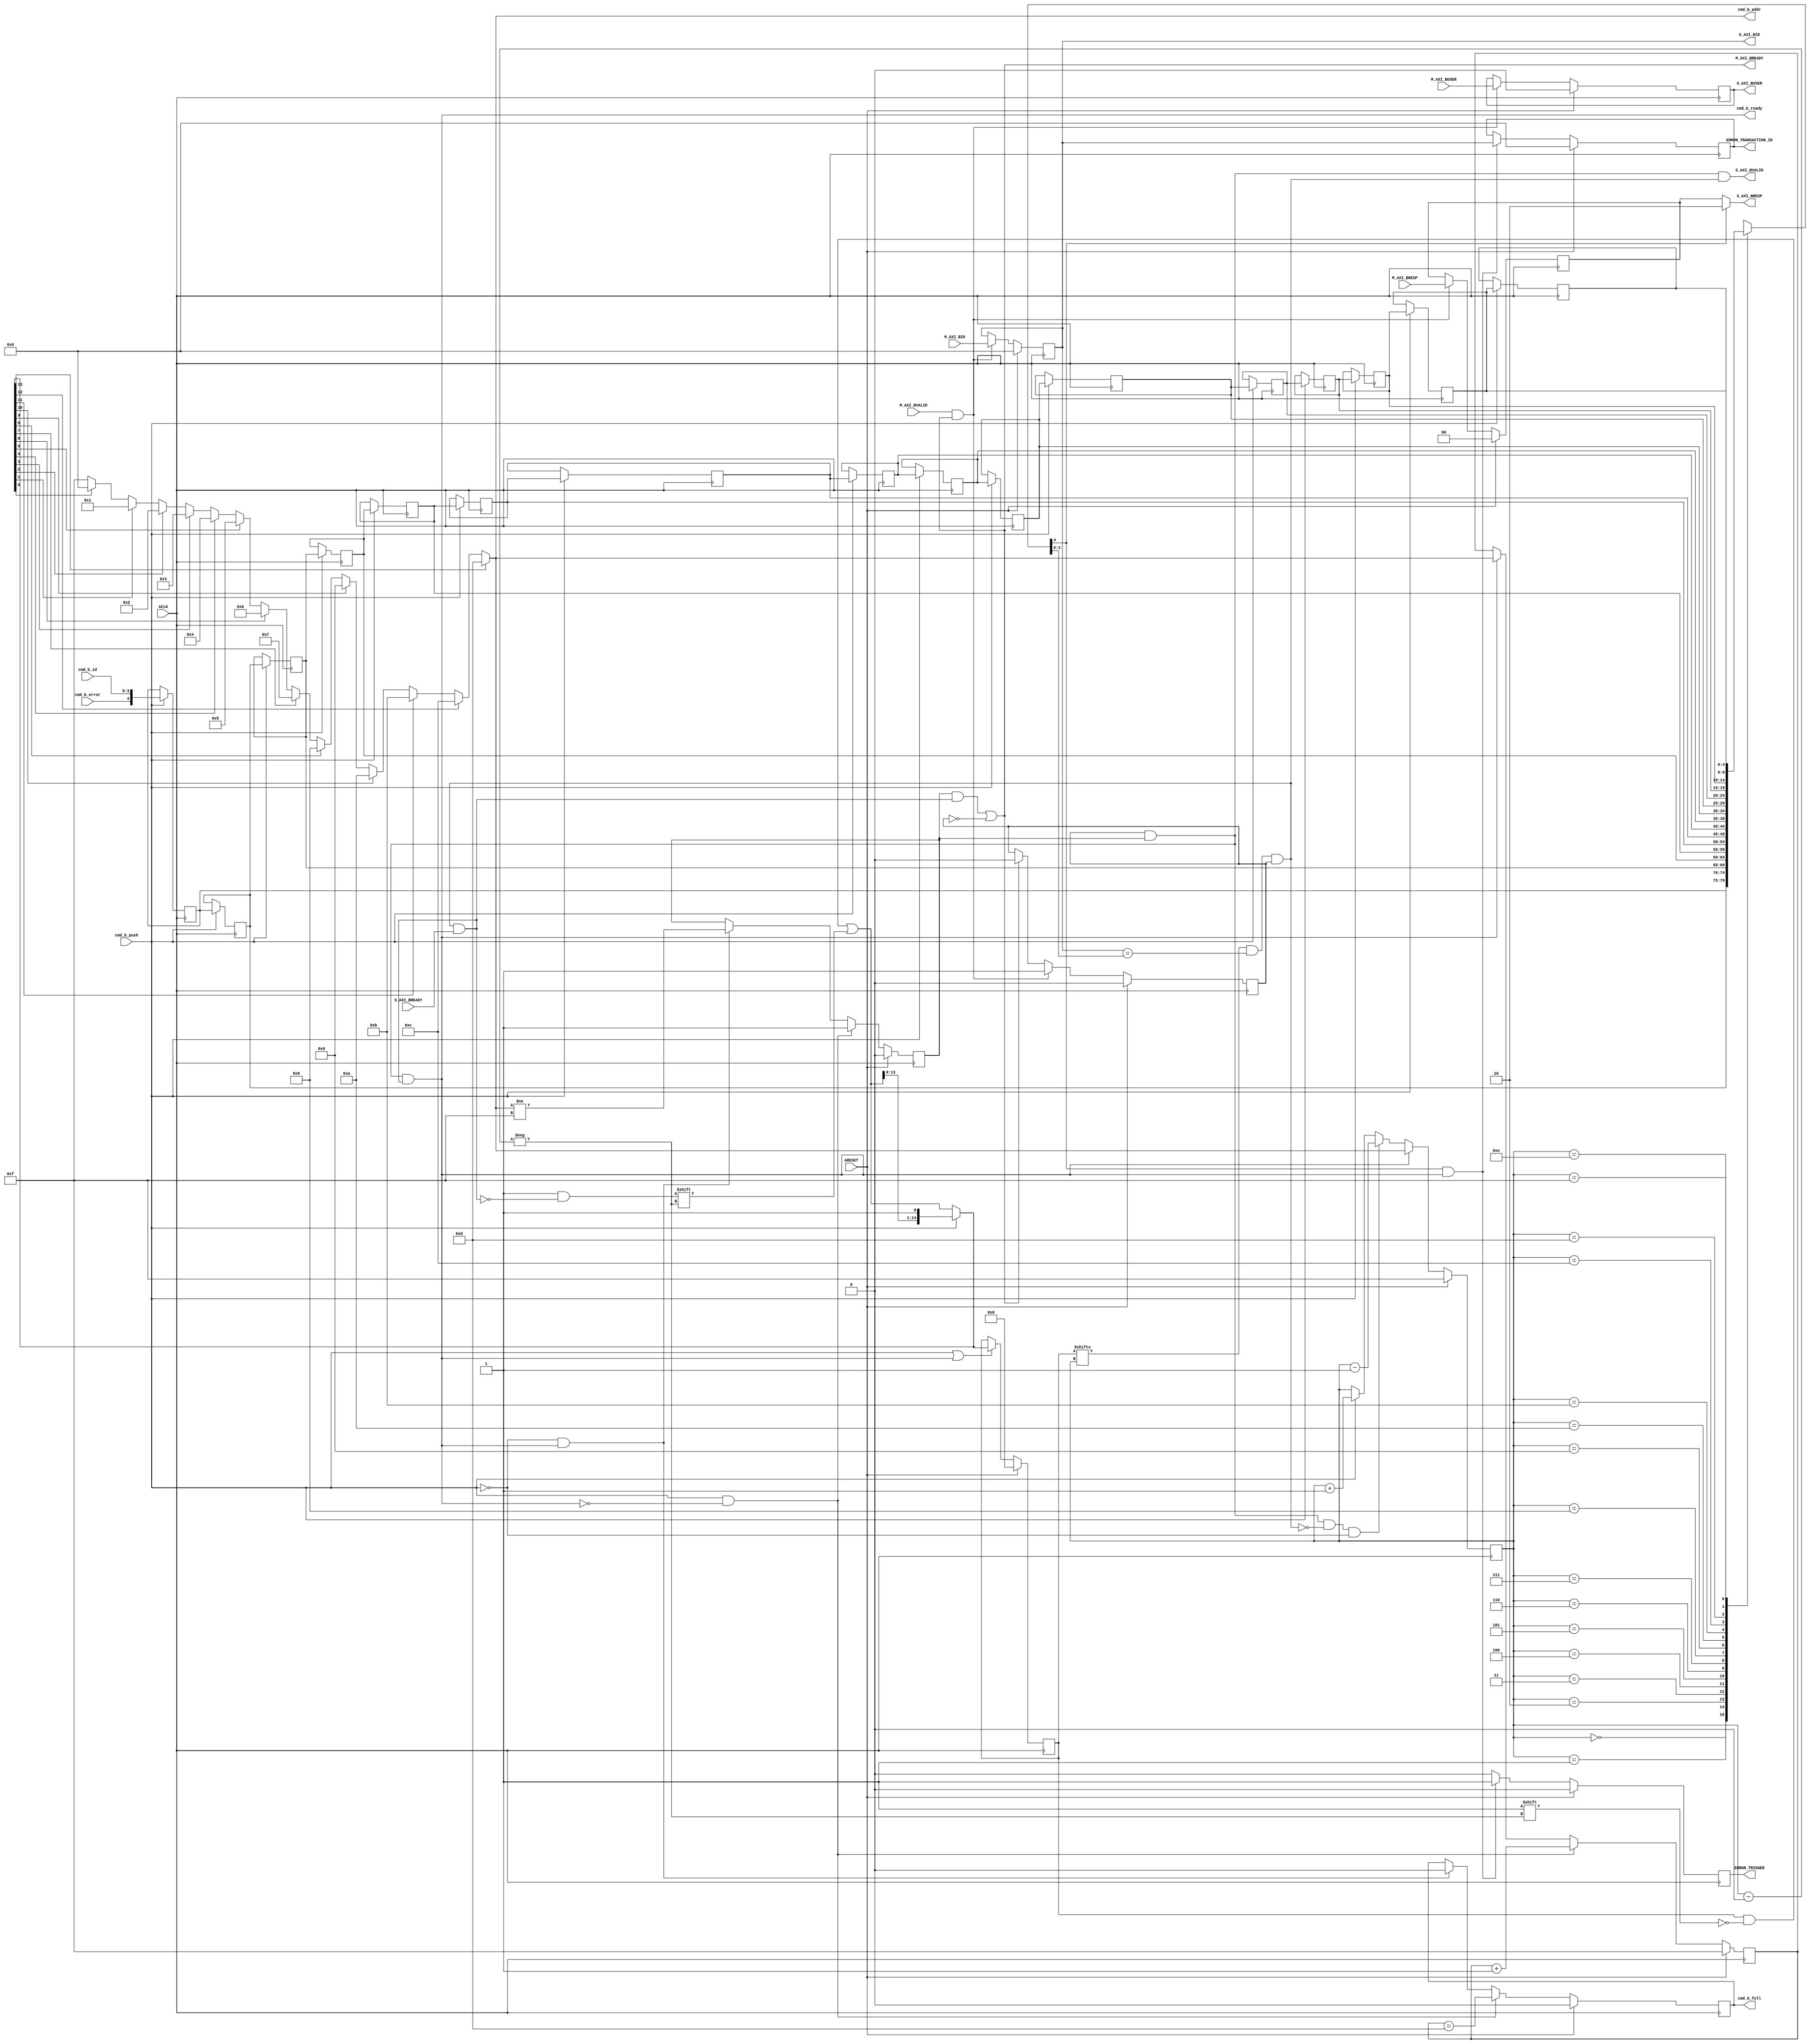
// -- (c) Copyright 2010 - 2011 Xilinx, Inc. All rights reserved.
// --
// -- This file contains confidential and proprietary information
// -- of Xilinx, Inc. and is protected under U.S. and 
// -- international copyright and other intellectual property
// -- laws.
// --
// -- DISCLAIMER
// -- This disclaimer is not a license and does not grant any
// -- rights to the materials distributed herewith. Except as
// -- otherwise provided in a valid license issued to you by
// -- Xilinx, and to the maximum extent permitted by applicable
// -- law: (1) THESE MATERIALS ARE MADE AVAILABLE "AS IS" AND
// -- WITH ALL FAULTS, AND XILINX HEREBY DISCLAIMS ALL WARRANTIES
// -- AND CONDITIONS, EXPRESS, IMPLIED, OR STATUTORY, INCLUDING
// -- BUT NOT LIMITED TO WARRANTIES OF MERCHANTABILITY, NON-
// -- INFRINGEMENT, OR FITNESS FOR ANY PARTICULAR PURPOSE; and
// -- (2) Xilinx shall not be liable (whether in contract or tort,
// -- including negligence, or under any other theory of
// -- liability) for any loss or damage of any kind or nature
// -- related to, arising under or in connection with these
// -- materials, including for any direct, or any indirect,
// -- special, incidental, or consequential loss or damage
// -- (including loss of data, profits, goodwill, or any type of
// -- loss or damage suffered as a result of any action brought
// -- by a third party) even if such damage or loss was
// -- reasonably foreseeable or Xilinx had been advised of the
// -- possibility of the same.
// --
// -- CRITICAL APPLICATIONS
// -- Xilinx products are not designed or intended to be fail-
// -- safe, or for use in any application requiring fail-safe
// -- performance, such as life-support or safety devices or
// -- systems, Class III medical devices, nuclear facilities,
// -- applications related to the deployment of airbags, or any
// -- other applications that could lead to death, personal
// -- injury, or severe property or environmental damage
// -- (individually and collectively, "Critical
// -- Applications"). Customer assumes the sole risk and
// -- liability of any use of Xilinx products in Critical
// -- Applications, subject only to applicable laws and
// -- regulations governing limitations on product liability.
// --
// -- THIS COPYRIGHT NOTICE AND DISCLAIMER MUST BE RETAINED AS
// -- PART OF THIS FILE AT ALL TIMES.
//-----------------------------------------------------------------------------
//
// Description: Write Response Channel for ATC
//
//
// Verilog-standard:  Verilog 2001
//--------------------------------------------------------------------------
//
// Structure:
//   b_atc
//
//--------------------------------------------------------------------------
`timescale 1ps/1ps


module processing_system7_v5_5_b_atc #
  (
   parameter         C_FAMILY                         = "rtl", 
                       // FPGA Family. Current version: virtex6, spartan6 or later.
   parameter integer C_AXI_ID_WIDTH                   = 4, 
                       // Width of all ID signals on SI and MI side of checker.
                       // Range: >= 1.
   parameter integer C_AXI_BUSER_WIDTH                = 1,
                       // Width of AWUSER signals. 
                       // Range: >= 1.
   parameter integer C_FIFO_DEPTH_LOG                 = 4
   )
  (
   // Global Signals
   input  wire                                  ARESET,
   input  wire                                  ACLK,

   // Command Interface
   input  wire                                  cmd_b_push,
   input  wire                                  cmd_b_error,
   input  wire [C_AXI_ID_WIDTH-1:0]             cmd_b_id,
   output wire                                  cmd_b_ready,
   output wire [C_FIFO_DEPTH_LOG-1:0]           cmd_b_addr,
   output reg                                   cmd_b_full,
   
   // Slave Interface Write Response Ports
   output wire [C_AXI_ID_WIDTH-1:0]             S_AXI_BID,
   output reg  [2-1:0]                          S_AXI_BRESP,
   output wire [C_AXI_BUSER_WIDTH-1:0]          S_AXI_BUSER,
   output wire                                  S_AXI_BVALID,
   input  wire                                  S_AXI_BREADY,

   // Master Interface Write Response Ports
   input  wire [C_AXI_ID_WIDTH-1:0]             M_AXI_BID,
   input  wire [2-1:0]                          M_AXI_BRESP,
   input  wire [C_AXI_BUSER_WIDTH-1:0]          M_AXI_BUSER,
   input  wire                                  M_AXI_BVALID,
   output wire                                  M_AXI_BREADY,
   
   // Trigger detection
   output reg                                   ERROR_TRIGGER,
   output reg  [C_AXI_ID_WIDTH-1:0]             ERROR_TRANSACTION_ID
   );
  
  
  /////////////////////////////////////////////////////////////////////////////
  // Local params
  /////////////////////////////////////////////////////////////////////////////
  
  // Constants for packing levels.
  localparam [2-1:0] C_RESP_OKAY         = 2'b00;
  localparam [2-1:0] C_RESP_EXOKAY       = 2'b01;
  localparam [2-1:0] C_RESP_SLVERROR     = 2'b10;
  localparam [2-1:0] C_RESP_DECERR       = 2'b11;
  
  // Command FIFO settings
  localparam C_FIFO_WIDTH                = C_AXI_ID_WIDTH + 1;
  localparam C_FIFO_DEPTH                = 2 ** C_FIFO_DEPTH_LOG;
    
  
  /////////////////////////////////////////////////////////////////////////////
  // Variables for generating parameter controlled instances.
  /////////////////////////////////////////////////////////////////////////////
  
  integer index;
  
  
  /////////////////////////////////////////////////////////////////////////////
  // Functions
  /////////////////////////////////////////////////////////////////////////////
  
  
  /////////////////////////////////////////////////////////////////////////////
  // Internal signals
  /////////////////////////////////////////////////////////////////////////////
  
  // Command Queue.
  reg  [C_FIFO_DEPTH_LOG-1:0]         addr_ptr;
  reg  [C_FIFO_WIDTH-1:0]             data_srl[C_FIFO_DEPTH-1:0];
  reg                                 cmd_b_valid;
  wire                                cmd_b_ready_i;
  wire                                inject_error;
  wire [C_AXI_ID_WIDTH-1:0]           current_id;
  
  // Search command.
  wire                                found_match;
  wire                                use_match;
  wire                                matching_id;
  
  // Manage valid command.
  wire                                write_valid_cmd;
  reg  [C_FIFO_DEPTH-2:0]             valid_cmd;
  reg  [C_FIFO_DEPTH-2:0]             updated_valid_cmd;
  reg  [C_FIFO_DEPTH-2:0]             next_valid_cmd;
  reg  [C_FIFO_DEPTH_LOG-1:0]         search_addr_ptr;
  reg  [C_FIFO_DEPTH_LOG-1:0]         collapsed_addr_ptr;
  
  // Pipelined data
  reg  [C_AXI_ID_WIDTH-1:0]           M_AXI_BID_I;
  reg  [2-1:0]                        M_AXI_BRESP_I;
  reg  [C_AXI_BUSER_WIDTH-1:0]        M_AXI_BUSER_I;
  reg                                 M_AXI_BVALID_I;
  wire                                M_AXI_BREADY_I;
  
  
  /////////////////////////////////////////////////////////////////////////////
  // Command Queue:
  //
  // Keep track of depth of Queue to generate full flag.
  // 
  // Also generate valid to mark pressence of commands in Queue.
  // 
  // Maintain Queue and extract data from currently searched entry.
  // 
  /////////////////////////////////////////////////////////////////////////////
  
  // SRL FIFO Pointer.
  always @ (posedge ACLK) begin
    if (ARESET) begin
      addr_ptr <= {C_FIFO_DEPTH_LOG{1'b1}};
    end else begin
      if ( cmd_b_push & ~cmd_b_ready_i ) begin
        // Pushing data increase length/addr.
        addr_ptr <= addr_ptr + 1;
      end else if ( cmd_b_ready_i ) begin
        // Collapse addr when data is popped.
        addr_ptr <= collapsed_addr_ptr;
      end
    end
  end
  
  // FIFO Flags.
  always @ (posedge ACLK) begin
    if (ARESET) begin
      cmd_b_full  <= 1'b0;
      cmd_b_valid <= 1'b0;
    end else begin
      if ( cmd_b_push & ~cmd_b_ready_i ) begin
        cmd_b_full  <= ( addr_ptr == C_FIFO_DEPTH-3 );
        cmd_b_valid <= 1'b1;
      end else if ( ~cmd_b_push & cmd_b_ready_i ) begin
        cmd_b_full  <= 1'b0;
        cmd_b_valid <= ( collapsed_addr_ptr != C_FIFO_DEPTH-1 );
      end
    end
  end
  
  // Infere SRL for storage.
  always @ (posedge ACLK) begin
    if ( cmd_b_push ) begin
      for (index = 0; index < C_FIFO_DEPTH-1 ; index = index + 1) begin
        data_srl[index+1] <= data_srl[index];
      end
      data_srl[0]   <= {cmd_b_error, cmd_b_id};
    end
  end
  
  // Get current transaction info.
  assign {inject_error, current_id} = data_srl[search_addr_ptr];
  
  // Assign outputs.
  assign cmd_b_addr = collapsed_addr_ptr;
  
  
  /////////////////////////////////////////////////////////////////////////////
  // Search Command Queue:
  //
  // Search for matching valid command in queue.
  // 
  // A command is found when an valid entry with correct ID is found. The queue
  // is search from the oldest entry, i.e. from a high value.
  // When new commands are pushed the search address has to be updated to always 
  // start the search from the oldest available.
  // 
  /////////////////////////////////////////////////////////////////////////////
  
  // Handle search addr.
  always @ (posedge ACLK) begin
    if (ARESET) begin
      search_addr_ptr <= {C_FIFO_DEPTH_LOG{1'b1}};
    end else begin
      if ( cmd_b_ready_i ) begin
        // Collapse addr when data is popped.
        search_addr_ptr <= collapsed_addr_ptr;
        
      end else if ( M_AXI_BVALID_I & cmd_b_valid & ~found_match & ~cmd_b_push ) begin
        // Skip non valid command.
        search_addr_ptr <= search_addr_ptr - 1;
        
      end else if ( cmd_b_push ) begin
        search_addr_ptr <= search_addr_ptr + 1;
        
      end
    end
  end
  
  // Check if searched command is valid and match ID (for existing response on MI side).
  assign matching_id  = ( M_AXI_BID_I == current_id );
  assign found_match  = valid_cmd[search_addr_ptr] & matching_id & M_AXI_BVALID_I;
  assign use_match    = found_match & S_AXI_BREADY;
  
  
  /////////////////////////////////////////////////////////////////////////////
  // Track Used Commands:
  //
  // Actions that affect Valid Command:
  // * When a new command is pushed
  //   => Shift valid vector one step
  // * When a command is used
  //   => Clear corresponding valid bit
  // 
  /////////////////////////////////////////////////////////////////////////////
  
  // Valid command status is updated when a command is used or a new one is pushed.
  assign write_valid_cmd  = cmd_b_push | cmd_b_ready_i;
  
  // Update the used command valid bit.
  always @ *
  begin
    updated_valid_cmd                   = valid_cmd;
    updated_valid_cmd[search_addr_ptr]  = ~use_match;
  end
  
  // Shift valid vector when command is pushed.
  always @ *
  begin
    if ( cmd_b_push ) begin
      next_valid_cmd = {updated_valid_cmd[C_FIFO_DEPTH-3:0], 1'b1};
    end else begin
      next_valid_cmd = updated_valid_cmd;
    end
  end
  
  // Valid signals for next cycle.
  always @ (posedge ACLK) begin
    if (ARESET) begin
      valid_cmd <= {C_FIFO_WIDTH{1'b0}};
    end else if ( write_valid_cmd ) begin
      valid_cmd <= next_valid_cmd;
    end
  end
  
  // Detect oldest available command in Queue.
  always @ *
  begin
    // Default to empty.
    collapsed_addr_ptr = {C_FIFO_DEPTH_LOG{1'b1}};
    
    for (index = 0; index < C_FIFO_DEPTH-2 ; index = index + 1) begin
      if ( next_valid_cmd[index] ) begin
        collapsed_addr_ptr = index;
      end
    end
  end
  
  
  /////////////////////////////////////////////////////////////////////////////
  // Pipe incoming data:
  // 
  // The B channel is piped to improve timing and avoid impact in search
  // mechanism due to late arriving signals.
  // 
  /////////////////////////////////////////////////////////////////////////////
  
  // Clock data.
  always @ (posedge ACLK) begin
    if (ARESET) begin
      M_AXI_BID_I     <= {C_AXI_ID_WIDTH{1'b0}};
      M_AXI_BRESP_I   <= 2'b00;
      M_AXI_BUSER_I   <= {C_AXI_BUSER_WIDTH{1'b0}};
      M_AXI_BVALID_I  <= 1'b0;
    end else begin
      if ( M_AXI_BREADY_I | ~M_AXI_BVALID_I ) begin
        M_AXI_BVALID_I  <= 1'b0;
      end
      if (M_AXI_BVALID & ( M_AXI_BREADY_I | ~M_AXI_BVALID_I) ) begin
        M_AXI_BID_I     <= M_AXI_BID;
        M_AXI_BRESP_I   <= M_AXI_BRESP;
        M_AXI_BUSER_I   <= M_AXI_BUSER;
        M_AXI_BVALID_I  <= 1'b1;
      end
    end
  end
  
  // Generate ready to get new transaction.
  assign M_AXI_BREADY = M_AXI_BREADY_I | ~M_AXI_BVALID_I;
  
  
  /////////////////////////////////////////////////////////////////////////////
  // Inject Error:
  //
  // BRESP is modified according to command information.
  // 
  /////////////////////////////////////////////////////////////////////////////
  
  // Inject error in response.
  always @ *
  begin
    if ( inject_error ) begin
      S_AXI_BRESP = C_RESP_SLVERROR;
    end else begin
      S_AXI_BRESP = M_AXI_BRESP_I;
    end
  end
  
  // Handle interrupt generation.
  always @ (posedge ACLK) begin
    if (ARESET) begin
      ERROR_TRIGGER        <= 1'b0;
      ERROR_TRANSACTION_ID <= {C_AXI_ID_WIDTH{1'b0}};
    end else begin
      if ( inject_error & cmd_b_ready_i ) begin
        ERROR_TRIGGER        <= 1'b1;
        ERROR_TRANSACTION_ID <= M_AXI_BID_I;
      end else begin
        ERROR_TRIGGER        <= 1'b0;
      end
    end
  end
  
  
  /////////////////////////////////////////////////////////////////////////////
  // Transaction Throttling:
  //
  // Response is passed forward when a matching entry has been found in queue.
  // Both ready and valid are set when the command is completed.
  // 
  /////////////////////////////////////////////////////////////////////////////
  
  // Propagate masked valid.
  assign S_AXI_BVALID   = M_AXI_BVALID_I & cmd_b_valid & found_match;
  
  // Return ready with push back.
  assign M_AXI_BREADY_I = cmd_b_valid & use_match;
  
  // Command has been handled.
  assign cmd_b_ready_i  = M_AXI_BVALID_I & cmd_b_valid & use_match;
  assign cmd_b_ready    = cmd_b_ready_i;
  
  
  /////////////////////////////////////////////////////////////////////////////
  // Write Response Propagation:
  //
  // All information is simply forwarded on from MI- to SI-Side untouched.
  // 
  /////////////////////////////////////////////////////////////////////////////
  
  // 1:1 mapping.
  assign S_AXI_BID    = M_AXI_BID_I;
  assign S_AXI_BUSER  = M_AXI_BUSER_I;
  
  
endmodule